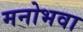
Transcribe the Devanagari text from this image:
मनोभवा